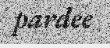
pardee